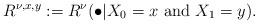
LaTeX: \begin{align*}R^{\nu, x,y} := R^\nu(\bullet | X_0 =x \mbox{ and } X_1 = y).\end{align*}